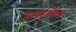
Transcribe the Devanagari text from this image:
सलुबोंग